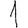
Digit: 1